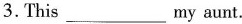
3.This ___ my aunt.